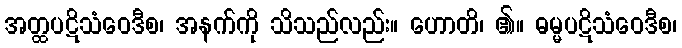
အတ္ထပဋိသံဝေဒီစ၊ အနက်ကို သိသည်လည်း။ ဟောတိ၊ ၏။ ဓမ္မပဋိသံဝေဒီစ၊